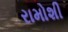
રામોશી